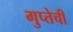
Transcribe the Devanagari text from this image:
गुप्तेची